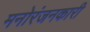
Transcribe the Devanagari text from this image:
मनोरंजनकारी